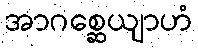
အာဂစ္ဆေယျာဟံ